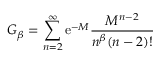
G _ { \beta } = \sum _ { n = 2 } ^ { \infty } \mathrm { e } ^ { - M } { \frac { M ^ { n - 2 } } { n ^ { \beta } ( n - 2 ) ! } }